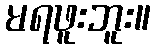
မရဖူးဘူး။